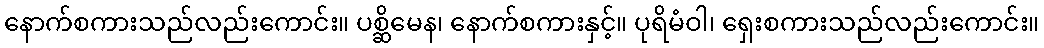
နောက်စကားသည်လည်းကောင်း။ ပစ္ဆိမေန၊ နောက်စကားနှင့်။ ပုရိမံဝါ၊ ရှေးစကားသည်လည်းကောင်း။